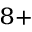
^ { 8 + }